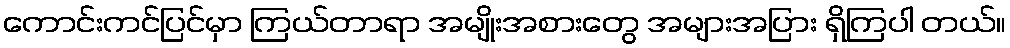
ကောင်းကင်ပြင်မှာ ကြယ်တာရာ အမျိုးအစားတွေ အများအပြား ရှိကြပါ တယ်။